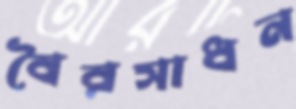
বৈরসাধন